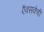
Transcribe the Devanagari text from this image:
ऍक्सकेबी